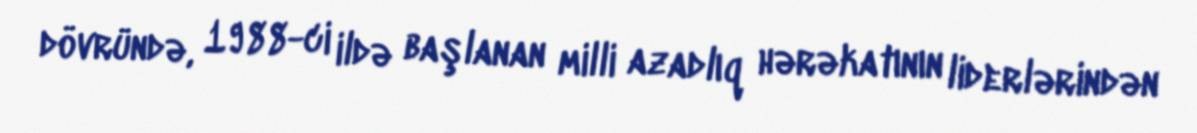
dövründə, 1988-ci ildə başlanan milli azadlıq hərəkatının liderlərindən